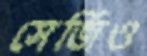
সের্জিও